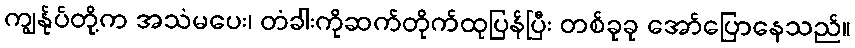
ကျွန်ုပ်တို့က အသံမပေး၊ တံခါးကိုဆက်တိုက်ထုပြန်ပြီး တစ်ခုခု အော်ပြောနေသည်။